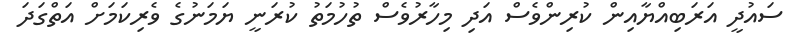
ސައުދީ އަރަބިއްޔާއިން ކުރިންވެސް އަދި މިހާރުވެސް ތުހުމަތު ކުރަނީ ޔަމަނުގެ ވެރިކަމަށް އަތްގަދަ